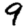
Digit: 9